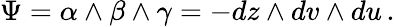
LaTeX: \Psi=\alpha\wedge\beta\wedge\gamma=-dz\wedge dv\wedge du\, .